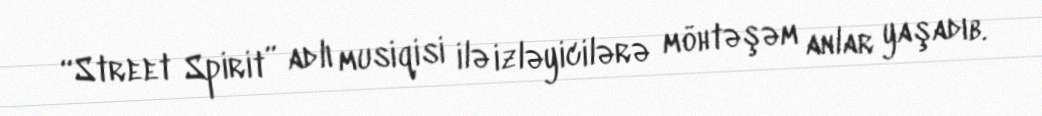
“Street Spirit” adlı musiqisi ilə izləyicilərə möhtəşəm anlar yaşadıb.